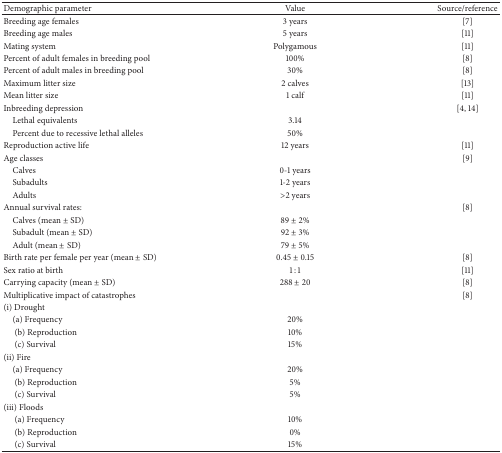
<table><thead><tr><td><b>Demographic parameter</b></td><td><b>Value</b></td><td><b>Source/reference</b></td></tr></thead><tbody><tr><td>Breeding age females</td><td>3 years</td><td>[7]</td></tr><tr><td>Breeding age males</td><td>5 years</td><td>[11]</td></tr><tr><td>Mating system</td><td>Polygamous</td><td>[11]</td></tr><tr><td>Percent of adult females in breeding pool</td><td>100%</td><td>[8]</td></tr><tr><td>Percent of adult males in breeding pool</td><td>30%</td><td>[8]</td></tr><tr><td>Maximum litter size</td><td>2 calves</td><td>[13]</td></tr><tr><td>Mean litter size</td><td>1 calf</td><td>[11]</td></tr><tr><td>Inbreeding depression</td><td> </td><td>[4, 14]</td></tr><tr><td> Lethal equivalents</td><td>3.14</td><td> </td></tr><tr><td> Percent due to recessive lethal alleles</td><td>50%</td><td> </td></tr><tr><td>Reproduction active life</td><td>12 years</td><td>[11]</td></tr><tr><td>Age classes</td><td> </td><td>[9]</td></tr><tr><td> Calves</td><td>0-1 years</td><td> </td></tr><tr><td> Subadults</td><td>1-2 years</td><td> </td></tr><tr><td> Adults</td><td>&gt;2 years</td><td> </td></tr><tr><td>Annual survival rates:</td><td> </td><td>[8]</td></tr><tr><td> Calves (mean ± SD)</td><td>89 ± 2%</td><td> </td></tr><tr><td> Subadult (mean ± SD)</td><td>92 ± 3%</td><td> </td></tr><tr><td> Adult (mean ± SD)</td><td>79 ± 5%</td><td> </td></tr><tr><td>Birth rate per female per year (mean ± SD)</td><td>0.45 ± 0.15</td><td>[8]</td></tr><tr><td>Sex ratio at birth</td><td> 1 : 1</td><td>[11]</td></tr><tr><td>Carrying capacity (mean ± SD)</td><td>288 ± 20</td><td>[8]</td></tr><tr><td>Multiplicative impact of catastrophes</td><td> </td><td>[8]</td></tr><tr><td> (i) Drought</td><td> </td><td> </td></tr><tr><td> (a) Frequency</td><td>20%</td><td> </td></tr><tr><td>(b) Reproduction</td><td>10%</td><td> </td></tr><tr><td>(c) Survival</td><td>15%</td><td> </td></tr><tr><td> (ii) Fire</td><td> </td><td> </td></tr><tr><td> (a) Frequency</td><td>20%</td><td> </td></tr><tr><td>(b) Reproduction</td><td>5%</td><td> </td></tr><tr><td>(c) Survival</td><td>5%</td><td> </td></tr><tr><td> (iii) Floods</td><td> </td><td> </td></tr><tr><td>(a) Frequency</td><td>10%</td><td> </td></tr><tr><td>(b) Reproduction</td><td>0%</td><td> </td></tr><tr><td>(c) Survival</td><td>15%</td><td> </td></tr></tbody></table>